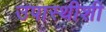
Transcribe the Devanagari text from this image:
उपास्थीशी